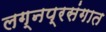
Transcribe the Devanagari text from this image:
लग्नप्रसंगात